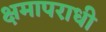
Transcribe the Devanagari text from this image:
क्षमापराधी